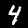
Label: 4